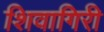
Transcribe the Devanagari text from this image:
शिवागिरी